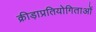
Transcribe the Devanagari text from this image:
क्रीड़ाप्रतियोगिताओं